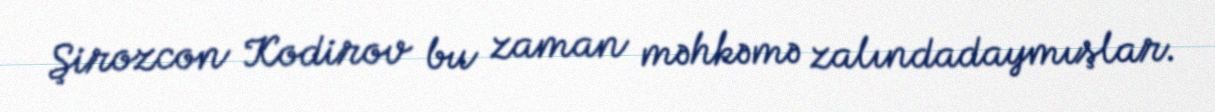
Şirozcon Kodirov bu zaman məhkəmə zalındadaymışlar.